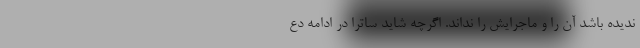
ندیده باشد آن را و ماجرایش را نداند. اگرچه شاید ساترا در ادامه دع